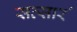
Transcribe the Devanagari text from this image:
सत्सार॔